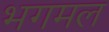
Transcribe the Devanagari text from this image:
भगमल